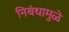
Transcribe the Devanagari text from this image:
निबंधामुळे